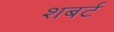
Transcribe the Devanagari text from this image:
शबर्ट